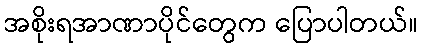
အစိုးရအာဏာပိုင်တွေက ပြောပါတယ်။